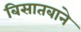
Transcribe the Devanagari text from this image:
बिसातबाने